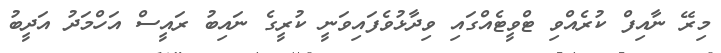
މިރޭ ނާއިފް ކުރެއްވި ޓްވީޓެއްގައި ވިދާޅުވެފައިވަނީ ކުރީގެ ނައިބު ރައީސް އަހްމަދު އަދީބު